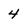
Character: 4